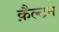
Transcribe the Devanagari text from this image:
क़ैल्टन